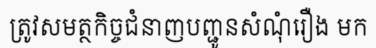
ត្រូវសមត្ថកិច្ចជំនាញបញ្ជូនសំណុំរឿង មក